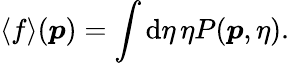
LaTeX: \langle f\rangle(\boldsymbol{p})=\int\mathrm{d}\eta\, \eta P(\boldsymbol{p},\eta).